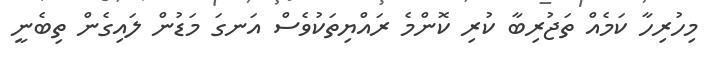
މިހުރިހާ ކަމެއް ތަޖުރިބާ ކުރި ކޮންމެ ރައްޔިތަކުވެސް އަނގަ މަޑުން ލައިގެން ތިބެނީ